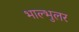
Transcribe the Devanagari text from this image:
भाल्भुलर